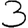
Digit: 3